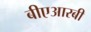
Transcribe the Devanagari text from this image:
बीएआरबी